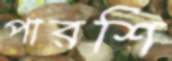
পারশি